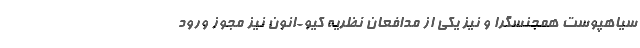
سیاهپوست همجنسگرا و نیز یکی از مدافعان نظریه کیو-انون نیز مجوز ورود